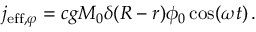
j _ { \mathrm { e f f } , \varphi } = c g M _ { 0 } \delta ( R - r ) \phi _ { 0 } \cos ( \omega t ) \, .